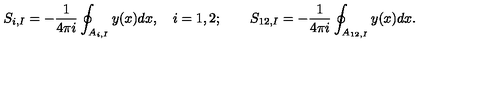
S _ { i , I } = - \frac { 1 } { 4 \pi i } \oint _ { A _ { i , I } } y ( x ) d x , \quad i = 1 , 2 ; \qquad S _ { 1 2 , I } = - \frac { 1 } { 4 \pi i } \oint _ { A _ { 1 2 , I } } y ( x ) d x .